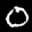
Label: 0